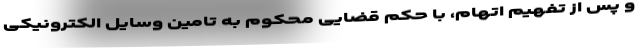
و پس از تفهیم اتهام، با حکم قضایی محکوم به تامین وسایل الکترونیکی